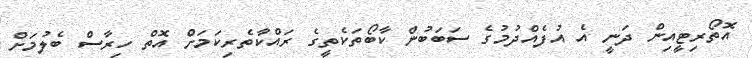
އޮތޯރިޓީއިން ދަނީ އެ އުފެއްދުމުގެ ސަބަބުން ކާބޯތަކެތީގެ ރައްކާތެރިކަމަށް އޮތް ހިރާސް ބެލުމަށް